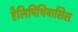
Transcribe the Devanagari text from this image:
हैलिमिंथियासिस